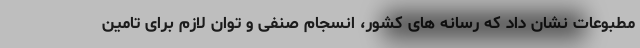
مطبوعات نشان داد که رسانه های کشور، انسجام صنفی و توان لازم برای تامین